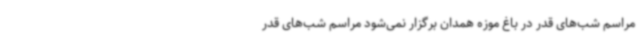
مراسم شب‌های قدر در باغ موزه همدان برگزار نمی‌شود مراسم شب‌های قدر